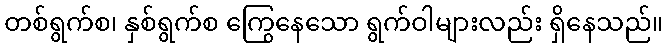
တစ်ရွက်စ၊ နှစ်ရွက်စ ကြွေနေသော ရွက်ဝါများလည်း ရှိနေသည်။